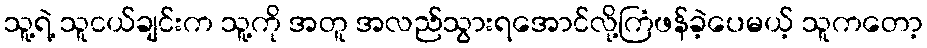
သူ့ရဲ့ သူငယ်ချင်းက သူ့ကို အတူ အလည်သွားရအောင်လို့ကြံဖန်ခဲ့ပေမယ့် သူကတော့